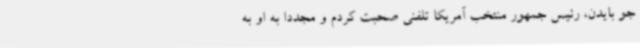
جو بایدن، رئیس جمهور منتخب آمریکا تلفنی صحبت کردم و مجددا به او به